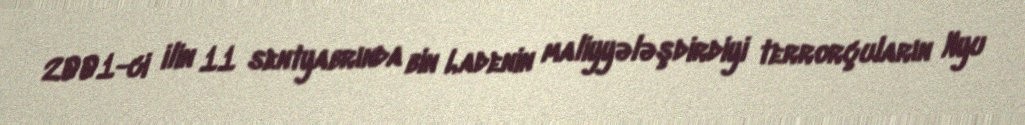
2001-ci ilin 11 sentyabrında bin Ladenin maliyyələşdirdiyi terrorçuların Nyu